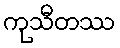
ကုသီတဿ